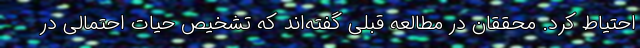
احتیاط کرد. محققان در مطالعه قبلی گفته‌اند که تشخیص حیات احتمالی در